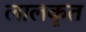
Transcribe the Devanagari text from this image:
लालकृत